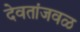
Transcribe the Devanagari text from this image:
देवतांजवळ